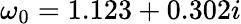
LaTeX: \omega_{0}=1.123+0.302i